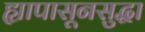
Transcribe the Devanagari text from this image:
ह्यापासूनसुद्धा